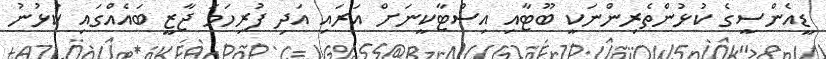
ޑީއެންސީގެ ކުޅުންތެރިންނަކީ ބޫޓާއި އިސްޓާކީނަށް އަރައި އަދި ފުރިހަމަ ޖާޒީ ބައެއްގައި ކުޅުނު